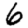
Digit: 6